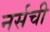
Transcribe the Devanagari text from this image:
नर्सची